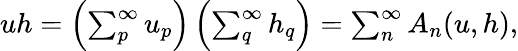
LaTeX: \begin{array}{r}{uh=\left(\sum_{p}^{\infty}u_{p}\right)\left(\sum_{q}^{\infty}h_{q}\right)=\sum_{n}^{\infty}A_{n}(u,h),}\end{array}